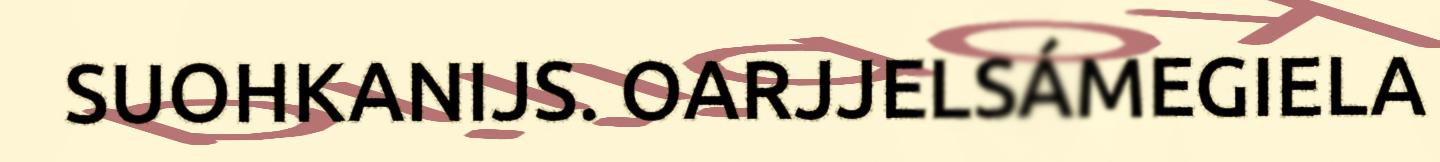
SUOHKANIJS. OARJJELSÁMEGIELA